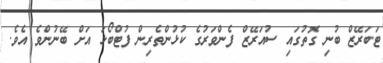
ޓަބަރޭޒް ބުނި ގޮތުގައި ސުއަރޭޒް ފެންވަރުގެ ކުޅުންތެރިން ފުޓްބޯޅަ އަށް ބޭނުންވެ އެވެ.